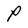
Character: P